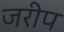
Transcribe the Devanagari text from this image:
जरीप